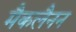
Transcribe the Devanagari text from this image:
मैकलैनन